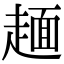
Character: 𧼸